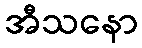
အီသနော